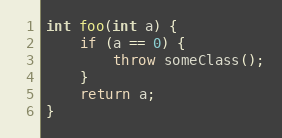
Language: C++
int foo(int a) {
    if (a == 0) {
        throw someClass();
    }
    return a;
}